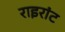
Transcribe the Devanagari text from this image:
राइरांट